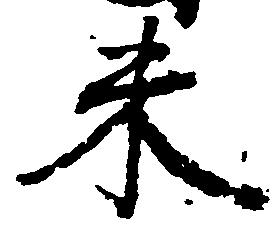
米